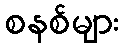
စနစ်များ